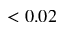
< 0 . 0 2